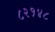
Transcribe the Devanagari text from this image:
८२१४८